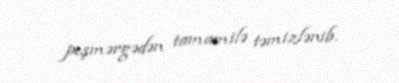
peşmərgədən tamamilə təmizlənib.